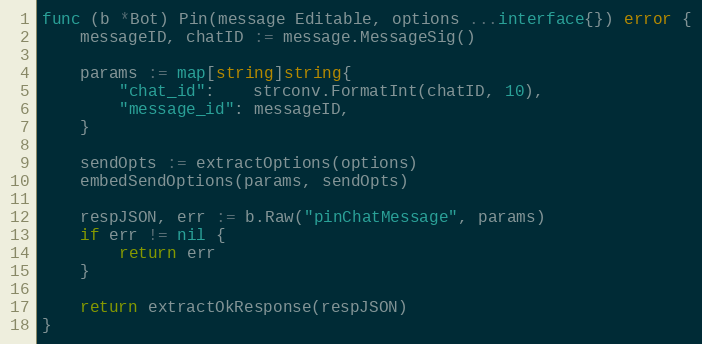
Language: Go
func (b *Bot) Pin(message Editable, options ...interface{}) error {
	messageID, chatID := message.MessageSig()

	params := map[string]string{
		"chat_id":    strconv.FormatInt(chatID, 10),
		"message_id": messageID,
	}

	sendOpts := extractOptions(options)
	embedSendOptions(params, sendOpts)

	respJSON, err := b.Raw("pinChatMessage", params)
	if err != nil {
		return err
	}

	return extractOkResponse(respJSON)
}